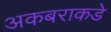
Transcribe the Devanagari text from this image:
अकबराकडे